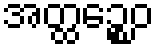
အတ္ထဉ္စေဝ